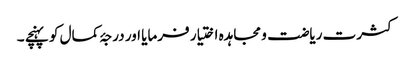
کثرت ریاضت و مجاہدہ اختیار فرمایا اور درجۂ کمال کو پہنچے ۔